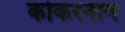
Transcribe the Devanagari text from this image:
कोकरनाग